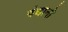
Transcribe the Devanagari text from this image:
बंधानो